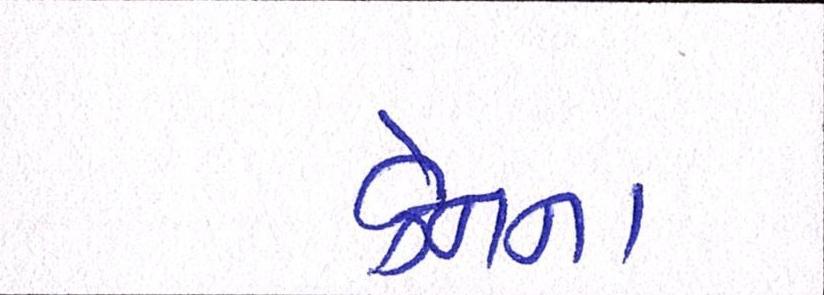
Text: ક્રેનના